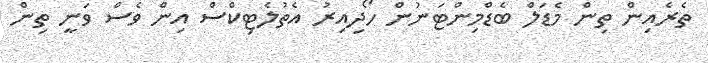
ތެރެއިން ތިން މެޑަލް ބެޑްމިންޓަނުން ހޯދިިއިރު އެތުލެޓިކްސް އިން ވެސް ވަނީ ތިން